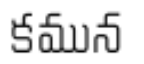
కమున